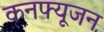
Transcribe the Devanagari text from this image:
कनफ्यूजन